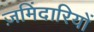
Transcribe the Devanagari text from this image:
ज़मिंदारियों